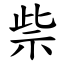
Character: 祡